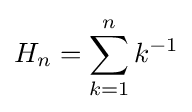
H_{n}=\sum _{k=1}^{n}k^{-1}